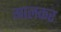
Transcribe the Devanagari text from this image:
मालकर